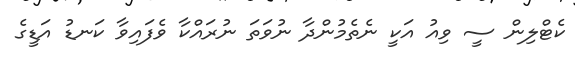
ކެޓްލިން ސީ ވިއު އަކީ ނެތެމުންދާ ނުވަތަ ނުރައްކާ ވެފައިވާ ކަނޑު އަޑީގެ